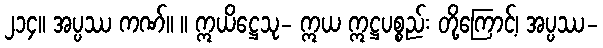
၂၁၄။ အပ္ပဿ ကဏ်။ ။ ဣယိဋ္ဌေသု- ဣယ ဣဋ္ဌပစ္စည်း တို့ကြောင့်၊ အပ္ပဿ-